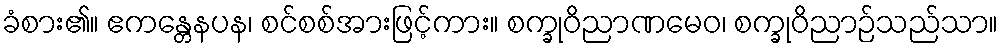
ခံစား၏။ ဧကန္တေနပန၊ စင်စစ်အားဖြင့်ကား။ စက္ခုဝိညာဏမေဝ၊ စက္ခုဝိညာဉ်သည်သာ။